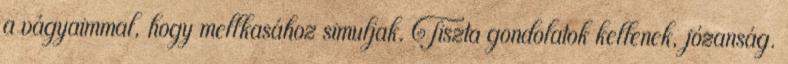
a vágyaimmal, hogy mellkasához simuljak. Tiszta gondolatok kellenek, józanság.